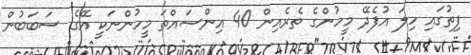
ފިތުގައި ހިލަ އުފެދޭ މީހުންގެ ތެރެއިން 40 އިންސައްތަ މީހުންނަކީ އޭގެ ސަބަބުން